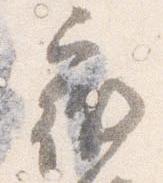
微